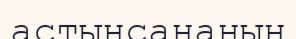
астынсананың